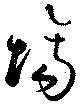
場